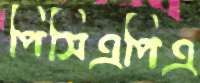
পিসিএপিএ